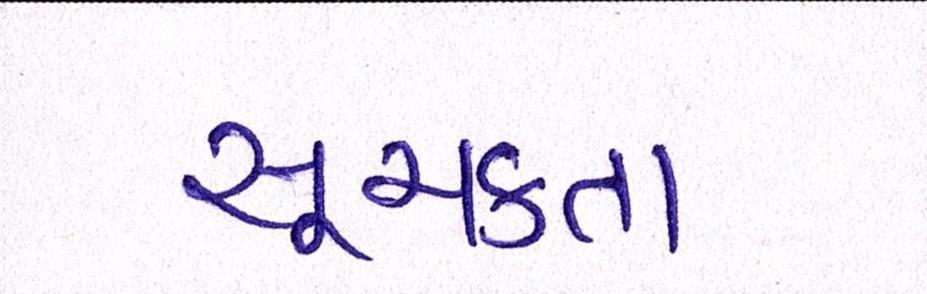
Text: સૂચકતા